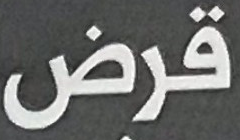
قرض